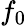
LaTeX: f_{\mathrm{0}}